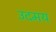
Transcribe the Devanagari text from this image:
उदमय